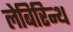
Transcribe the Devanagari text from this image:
लेबिरिन्थ